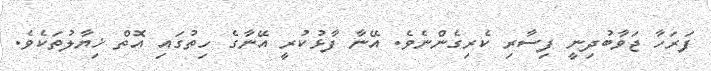
ފަރަހާ ޖަވާބުދިނީ ފިސާރި ކެރިގެންނެވެ. އޭނާ ފާޅުކުރީ އޭނާގެ ހިތުގައި އޮތް ޚިޔާލުތަކެވެ.